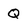
Character: Q